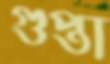
গুপ্তা